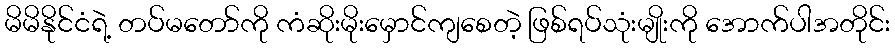
မိမိနိုင်ငံရဲ့ တပ်မတော်ကို ကံဆိုးမိုးမှောင်ကျစေတဲ့ ဖြစ်ရပ်သုံးမျိုးကို အောက်ပါအတိုင်း